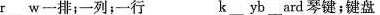
r\underline{}一排；一列；一行 k\underline{}yb\underline{}ard琴键：键盘